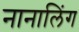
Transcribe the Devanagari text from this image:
नानालिंग